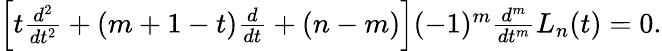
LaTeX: \begin{array}{r}{\left[t\frac{d^{2}}{dt^{2}}+(m+1-t)\frac{d}{dt}+(n-m)\right](-1)^{m}\frac{d^{m}}{dt^{m}}L_{n}(t)=0.}\end{array}